Civil Veterinary Dept. North-West Frontier Province 1901-22 - 1901-1922
Year: 1901
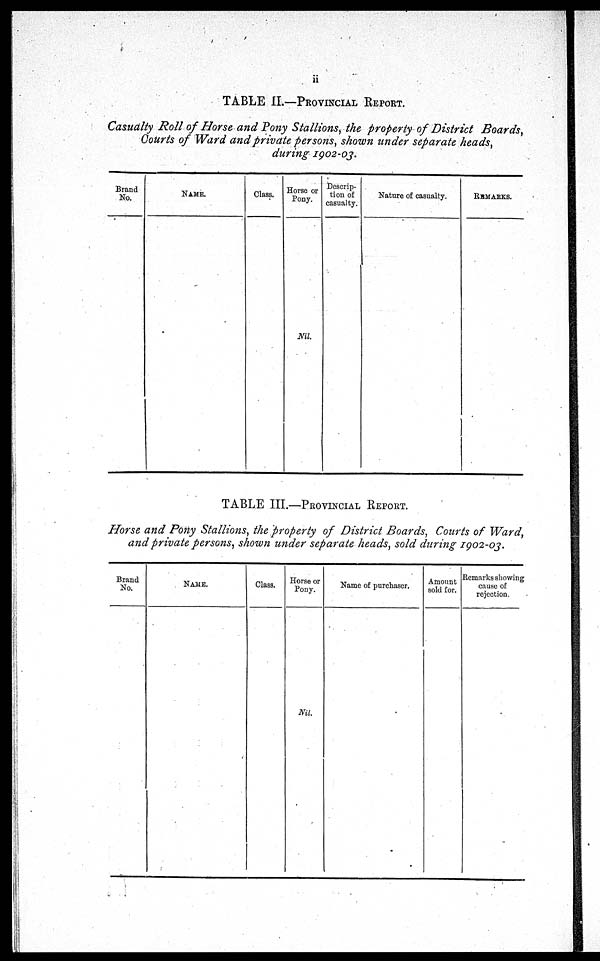
ii
TABLE II.—PROVINCIAL REPORT.
Casualty Roll of Horse and Pony Stallions, the property of District
Boards,
Courts of Ward and private persons, shown under separate heads,
during 1902-03.
Brand
No.
NAME.
Class.
Horse or
Pony.
Nil.
Descrip-
tion of
casualty.
Nature of casualty.
REMARKS.
TABLE III.—PROVINCIAL REPORT.
Horse and Pony Stallions, the property of District Boards, Courts of Ward,
and private persons, shown under separate heads, sold during 1902-03.
Brand
No.
NAME.
Class.
Horse or
Pony.
Nil.
Name of purchaser.
Amount
sold for.
Remarks showing
cause of
rejection.